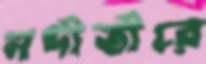
নদীতীরে